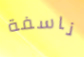
ناسفة